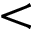
<